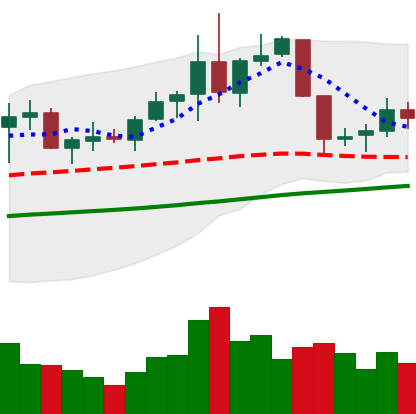
Ticker: NEO-USD
Chart end date: 2019-06-08
Forward return: 8.295%
Label: up_7plus